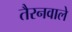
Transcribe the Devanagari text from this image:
तैरनवाले